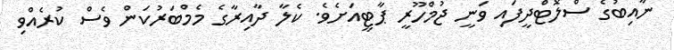
ނާއިބުގެ ސްލޮޓްދީފައި ވަނީ ޖުމްހޫރީ ޕާޓީއަށެވެ. ކެލާ ދާއިރާގެ މެމްބަރުކަން ވެސް ކުރެއްވި